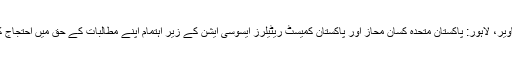
لاہور کی تصاویر، لاہور: پاکستان متحدہ کسان محاز اور پاکستان کمیسٹ ریٹیلرز ایسوسی ایشن کے زیر اہتمام اپنے مطالبات کے حق میں احتجاج کیا جا رہا ہے۔